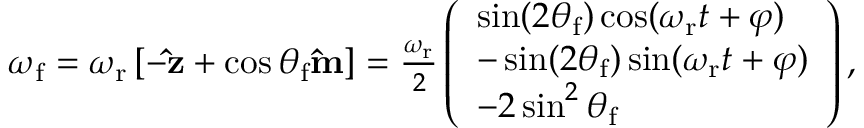
\begin{array} { r } { \boldsymbol { \omega } _ { \mathrm { f } } = \omega _ { \mathrm { r } } \left[ - \mathbf { \hat { z } } + \cos \theta _ { \mathrm { f } } \mathbf { \hat { m } } \right] = \frac { \omega _ { \mathrm { r } } } { 2 } \left( \begin{array} { l } { \sin ( 2 \theta _ { \mathrm { f } } ) \cos ( \omega _ { \mathrm { r } } t + \varphi ) } \\ { - \sin ( 2 \theta _ { \mathrm { f } } ) \sin ( \omega _ { \mathrm { r } } t + \varphi ) } \\ { - 2 \sin ^ { 2 } \theta _ { \mathrm { f } } } \end{array} \right) , } \end{array}